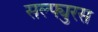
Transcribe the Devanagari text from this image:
सल्फ्युरस